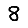
Digit: 8